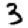
Digit: 3